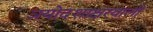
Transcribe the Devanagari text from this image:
त्रयोदशाक्षरवाली